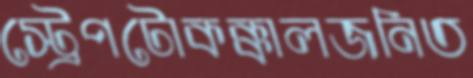
স্ট্রেপটোকক্কালজনিত